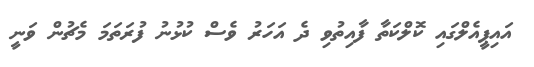
އައިޕީއެލްގައި ކޮލްކަތާ ފާއިތުވި ދެ އަހަރު ވެސް ކުޅުނު ފުރަތަމަ މެޗުން ވަނީ